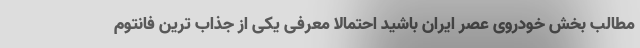
مطالب بخش خودروی عصر ایران باشید احتمالا معرفی یکی از جذاب ترین فانتوم